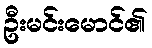
ဦးမင်းမောင်၏